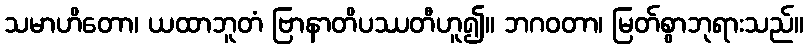
သမာဟိတော၊ ယထာဘူတံ ဗြာနာတိပဿတီဟူ၍။ ဘဂဝတာ၊ မြတ်စွာဘုရားသည်။